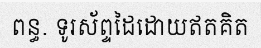
ពន្ធ. ទូរស័ព្ទដៃដោយឥតគិត